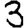
Digit: 3